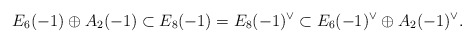
\begin{align*}E_6(-1)\oplus A_2(-1) \subset E_8(-1) = E_8(-1)^\vee \subset E_6(-1)^\vee\oplus A_2(-1)^\vee.\end{align*}